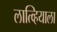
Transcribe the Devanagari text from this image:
लात्व्हियाला